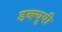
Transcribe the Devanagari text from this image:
डब्ल्युपी